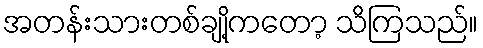
အတန်းသားတစ်ချို့ကတော့ သိကြသည်။